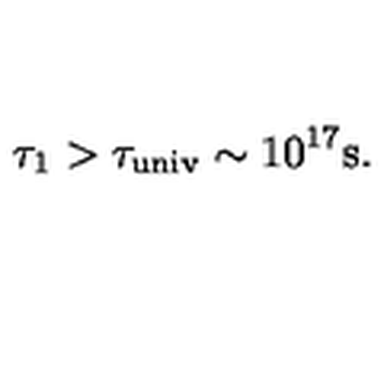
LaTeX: \tau _ { 1 } > \tau _ { \mathrm { u n i v } } \sim 1 0 ^ { 1 7 } \mathrm { s } .